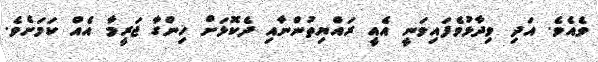
ވެއެވެ. އަދި ވިދާޅުވެފައިވަނީ އެއީ ރައްޔިތުންނާއި ދެކޮޅަށް ހިންގާ ޖަރީމާ އެއް ކަމަށެވެ.